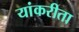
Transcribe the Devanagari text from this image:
यांकरीता